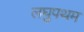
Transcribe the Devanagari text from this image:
लघुपथम